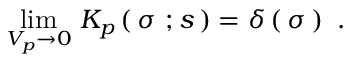
\operatorname * { l i m } _ { V _ { p } \to 0 } \, K _ { p } \left( \, \sigma \ ; s \, \right) = \delta \left( \, \sigma \, \right) \ .